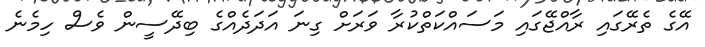
އޭގެ ތެރޭގައި ރާއްޖޭގައި މަސައްކަތްކުރާ ވަރަށް ގިނަ އަދަދެއްގެ ބިދޭސީން ވެސް ހިމެނެ